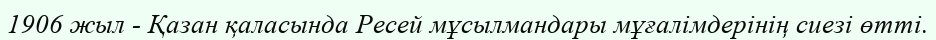
1906 жыл - Қазан қаласында Ресей мұсылмандары мұғалімдерінің сиезі өтті.